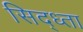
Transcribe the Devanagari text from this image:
सिद्ध्ता